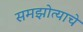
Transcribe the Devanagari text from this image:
समझोत्याचे